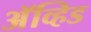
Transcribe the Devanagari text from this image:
अॅव्हिड